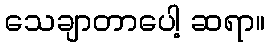
သေချာတာပေါ့ ဆရာ။